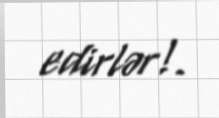
edirlər!.